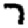
Digit: 7